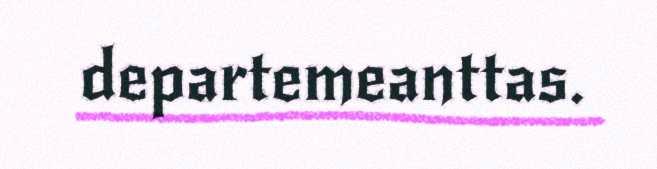
departemeanttas.